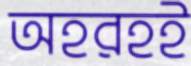
অহরহই